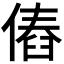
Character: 𠌴